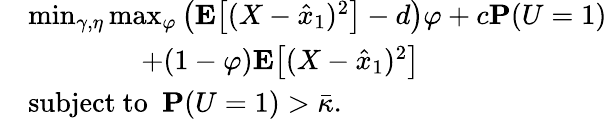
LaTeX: \begin{array}{rl}&{\operatorname*{min}_{\gamma,\eta}\operatorname*{max}_{\varphi}\left(\mathbf{E}\big[(X-\hat{x}_{1})^{2}\big]-d\right)\varphi+c\mathbf{P}(U=1)}\\ &{\qquad\qquad+(1-\varphi)\mathbf{E}\big[(X-\hat{x}_{1})^{2}\big]}\\ &{\mathrm{subject~to~~}\mathbf{P}(U=1)>\bar{\kappa}.}\end{array}